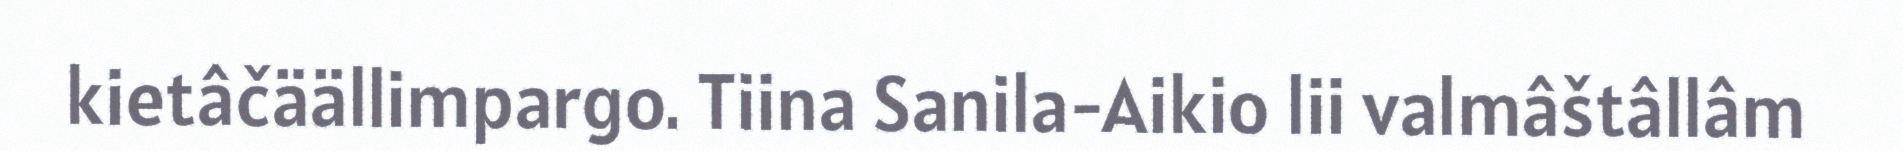
kietâčäällimpargo. Tiina Sanila-Aikio lii valmâštâllâm